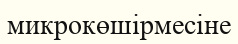
микрокөшірмесіне